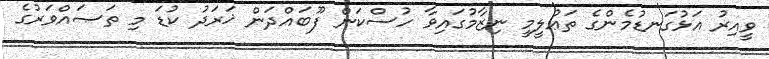
ވީއިރު އަޅުގަނޑުމެންގެ ތަޢުލީމީ ނިޒާމުގައިވާ ހުސްކަން ފޫބައްދަން ޚަރަދު ކުޑަ މި ތަޞައްވަރުގެ